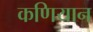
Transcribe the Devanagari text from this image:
कणियान